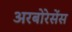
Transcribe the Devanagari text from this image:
अरबोरेसेंस